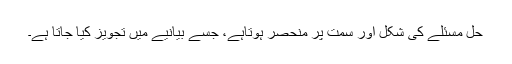
حل مسئلے کی شکل اور سمت پر منحصر ہوتاہے، جسے بیانیے میں تجویز کیا جاتا ہے۔